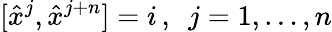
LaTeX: [\hat{x}^{j},\hat{x}^{j+n}]=i\, ,\enspace j=1,\dots,n